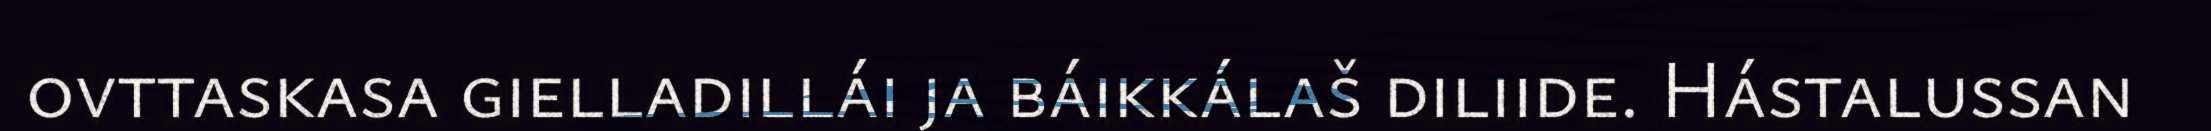
ovttaskasa gielladillái ja báikkálaš diliide. Hástalussan